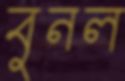
বুনল